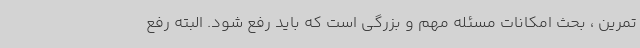
تمرین ، بحث امکانات مسئله مهم و بزرگی است که باید رفع شود. البته رفع